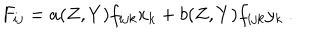
F _ { i j } = a ( Z , Y ) f _ { i j k } x _ { k } + b ( Z , Y ) f _ { i j k } y _ { k } \ .